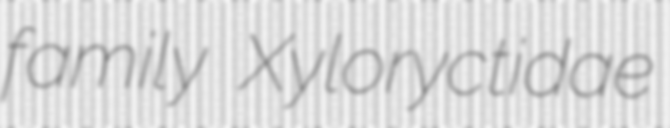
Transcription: family Xyloryctidae